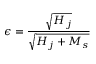
\epsilon = \frac { \sqrt { H _ { j } } } { \sqrt { H _ { j } + M _ { s } } }